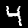
Digit: 4